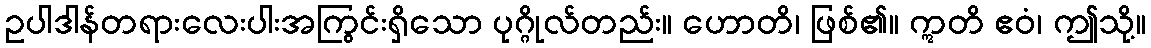
ဥပါဒါန်တရားလေးပါးအကြွင်းရှိသော ပုဂ္ဂိုလ်တည်း။ ဟောတိ၊ ဖြစ်၏။ ဣတိ ဧဝံ၊ ဤသို့။